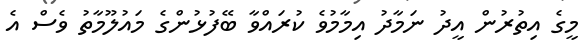
މީގެ އިތުރުން އީދު ނަމާދު އިމާމުވެ ކުރައްވާ ބޭފުޅުންގެ މައުލޫމާތު ވެސް އެ